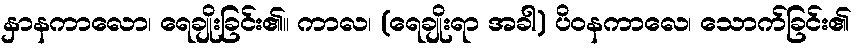
နှာနကာလော၊ ရေချိုးခြင်း၏။ ကာလ၊ (ရေချိုးရာ အခါ) ပိဝနကာလေ၊ သောက်ခြင်း၏